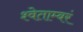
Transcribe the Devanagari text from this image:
श्वेताम्बरं